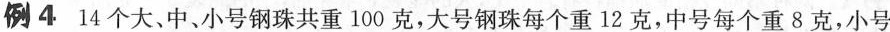
例4 14个大、中、小号钢珠共重100克，大号钢珠每个重12克，中号每个重8克，小号